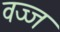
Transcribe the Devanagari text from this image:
वज्ज